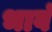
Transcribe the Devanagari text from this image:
भावं